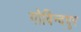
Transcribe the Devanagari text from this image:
गोविन्‍दपुर